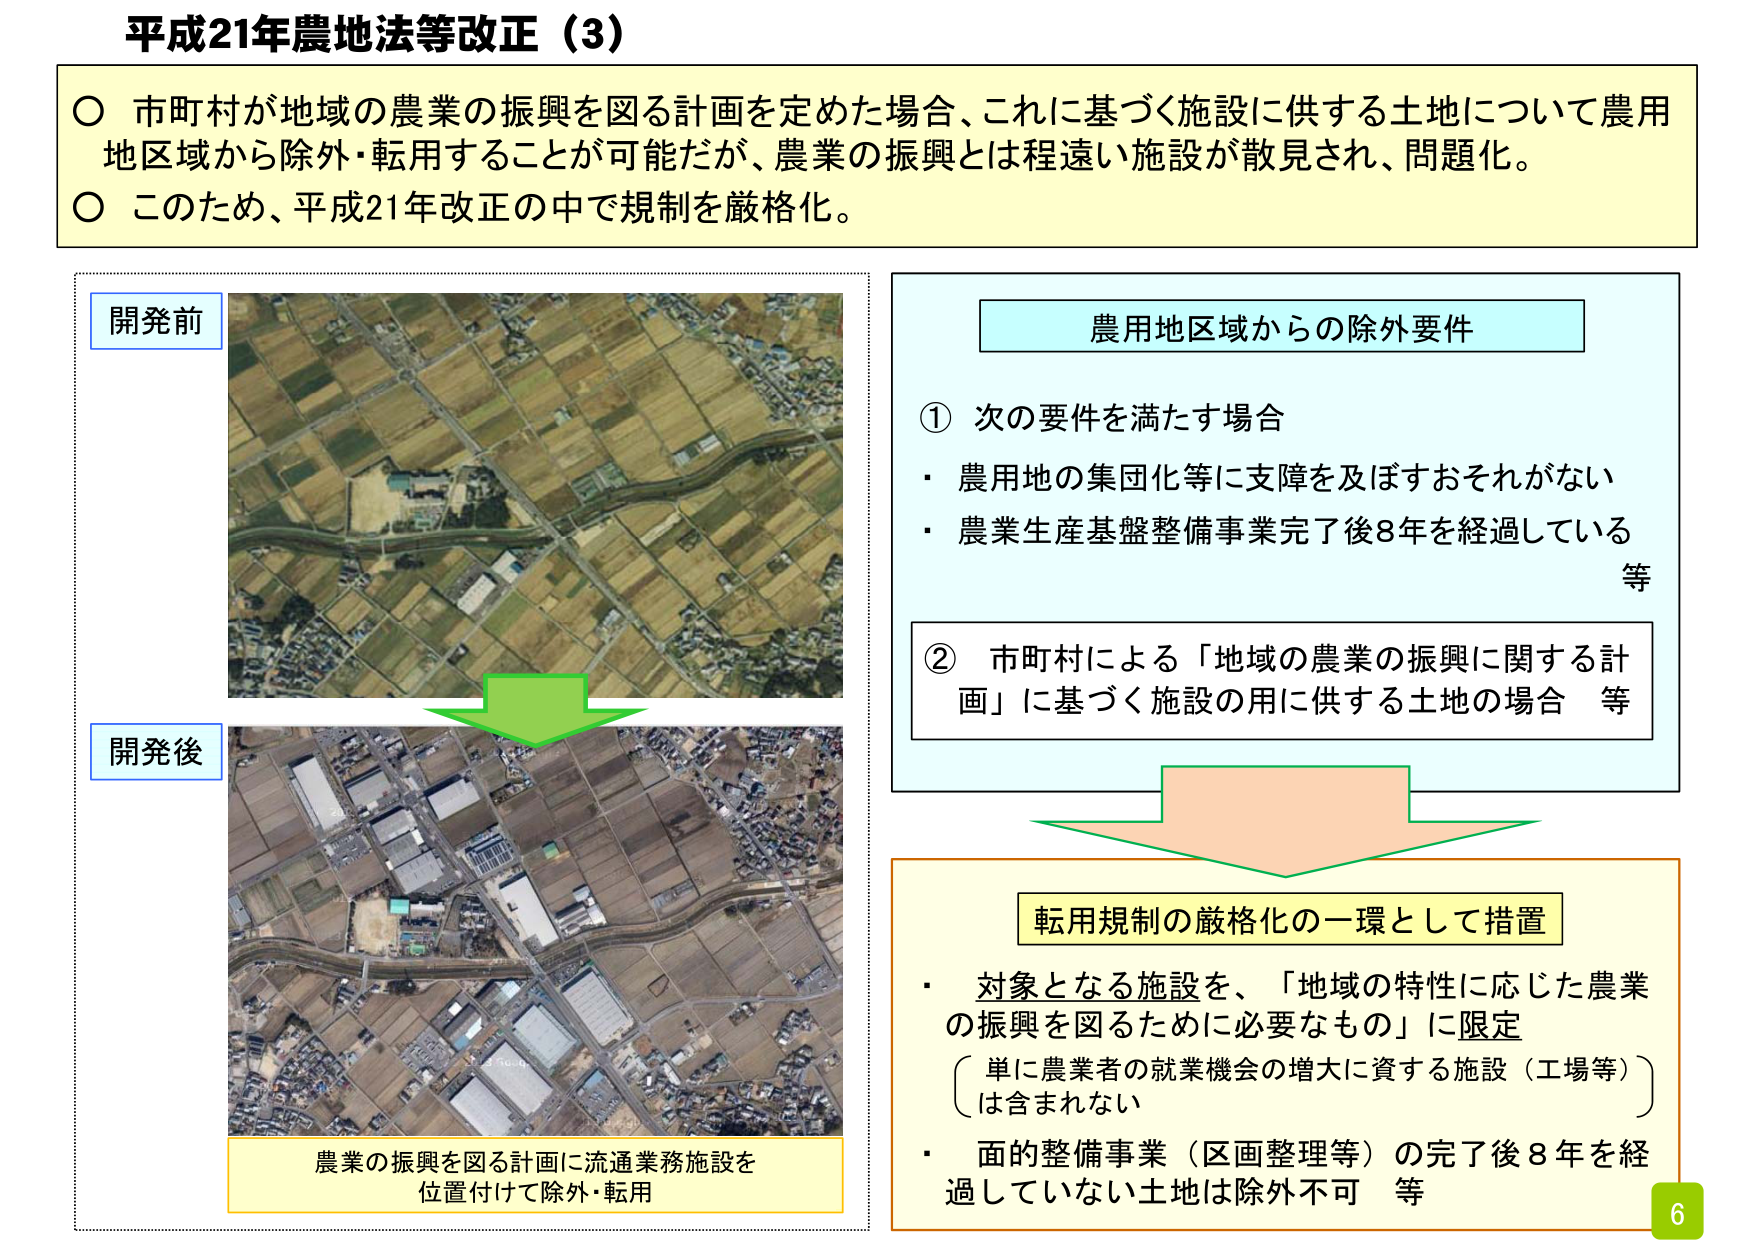
平成21年農地法等改正（3）

○ 市町村が地域の農業の振興を図る計画を定めた場合、これに基づく施設に供する土地について農用地区域から除外・転用することが可能だが、農業の振興とは程遠い施設が散見され、問題化。
○ このため、平成21年改正の中で規制を厳格化。

開発前

開発後

農業の振興を図る計画に流通業務施設を
位置付けて除外・転用

農用地区域からの除外要件

① 次の要件を満たす場合
・ 農用地の集団化等に支障を及ぼすおそれがない
・ 農業生産基盤整備事業完了後8年を経過している
等

② 市町村による「地域の農業の振興に関する計画」に基づく施設の用に供する土地の場合　等

転用規制の厳格化の一環として措置

・ 対象となる施設を、「地域の特性に応じた農業の振興を図るために必要なもの」に限定
（単に農業者の就業機会の増大に資する施設（工場等）は含まれない）
・ 面的整備事業（区画整理等）の完了後8年を経過していない土地は除外不可　等

6